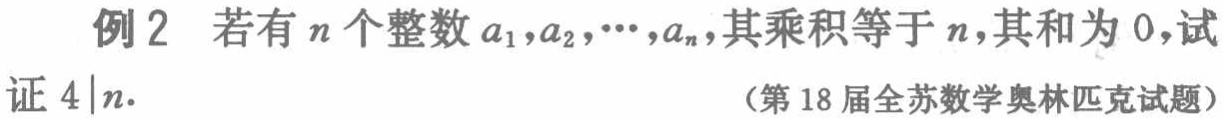
例2 若有\(n\)个整数\(a_{1},a_{2},\cdots,a_{n}\)，其乘积等于\(n\)，其和为\(0\)，试证\(4\mid n\).

（第18届全苏数学奥林匹克试题）